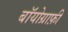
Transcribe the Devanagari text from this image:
बॉयोग्राफ़ी